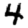
Digit: 4